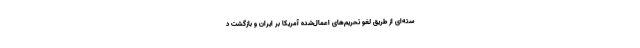
سته‌ای از طریق لغو تحریم‌های اعمال‌شده آمریکا بر ایران و بازگشت د